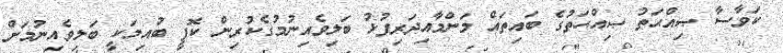
ކަވާސާ ޞިއްޙަތު ޞިއްޙަތުގެ ބައިތައް މަންމާއިދަރިފުޅު ބަލިވެއިނުމުގެކުރިން ކޮފީ ބުއިމަކީ ބަލިވެއިނުމަށް